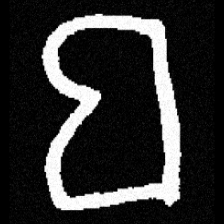
Pyu character \u2014 Myanmar letter: ဗ (romanized: ba)